Report on lock hospitals in British Burma
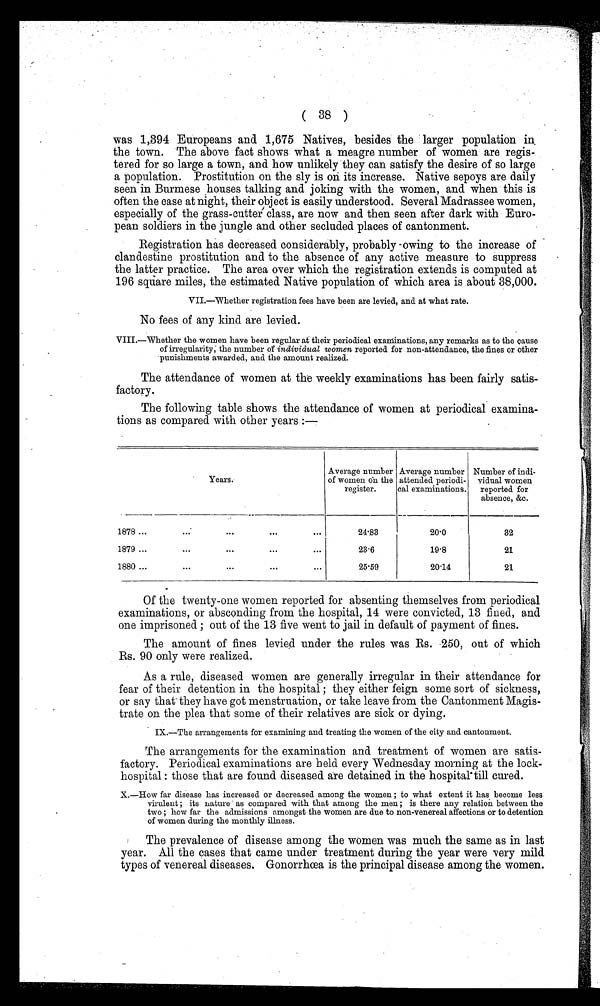
( 38 )
was 1,394 Europeans and 1,675 Natives, besides the larger population in
the town. The above fact shows what a meagre number of women are regis-
tered for so large a town, and how unlikely they can satisfy the desire of so large
a population. Prostitution on the sly is on its increase. Native sepoys are daily
seen in Burmese houses talking and joking with the women, and when this is
often the case at night, their object is easily understood. Several Madrassee women,
especially of the grass-cutter class, are now and then seen after dark with Euro-
pean soldiers in the jungle and other secluded places of cantonment.
Registration has decreased considerably, probably owing to the increase of
clandestine prostitution and to the absence of any active measure to suppress
the latter practice. The area over which the registration extends is computed at
196 square miles, the estimated Native population of which area is about 38,000.
VII.—Whether registration fees have been are levied, and at what rate.
No fees of any kind are levied.
VIII.—Whether the women have been regular at their periodical examinations, any remarks as to the cause
of irregularity. the number of individual women reported for non-attendance, the fines or other
punishments awarded, and the amount realized.
The attendance of women at the weekly examinations has been fairly
satisfactory.
The following table shows the attendance of women at periodical examina-
tions as compared with other years :—
Years.
Average number
of women on the
register.
Average number
attended. periodi-
cal examinations.
Number of indi-
vidual women
reported. for
absence, &c.
1878 ...
...
. . .
. . .
. . .
24.83
20.0
32
1879 ...
. . .
. . .
. . .
. . .
23.6
19.8
21
1880 ...
. . .
. . .
. . .
. . .
25.59
20.14
21
Of the twenty-one women reported for absenting themselves from periodical
examinations, or absconding from the hospital, 14 were convicted, 13 fined, and
one imprisoned ; out of the 13 five went to jail in default of payment of fines.
The amount of fines levied under the rules was Rs. 250, out of which
Rs. 90 only were realized.
As a rule, diseased women are generally irregular in their attendance for
fear of their detention in the hospital ; they either feign some sort of sickness,
or say that they have got menstruation, or take leave from the Cantonment Magis-
trate on the plea that some of their relatives are sick or dying.
IX.—The arrangements for examining and. treating the women of the city and cantonment.
The arrangements for the examination and. treatment of women are satis-
factory. Periodical examinations are held every Wednesday morning at the lock-
hospital : those that are found diseased are detained in the hospital till cured.
X.—How far disease has increased or decreased. among the women ; to what extent it has become less
virulent ; its nature as compared with that among the men ; is there any relation between the
two ; how far the admissions amongst the women are due to non-venereal affections or to detention
of women during the monthly illness.
The prevalence of disease among the women was much the same as in last
year. All the cases that came under treatment during the year were very mild
types of venereal diseases. Gonorrhœa is the principal disease among the women.